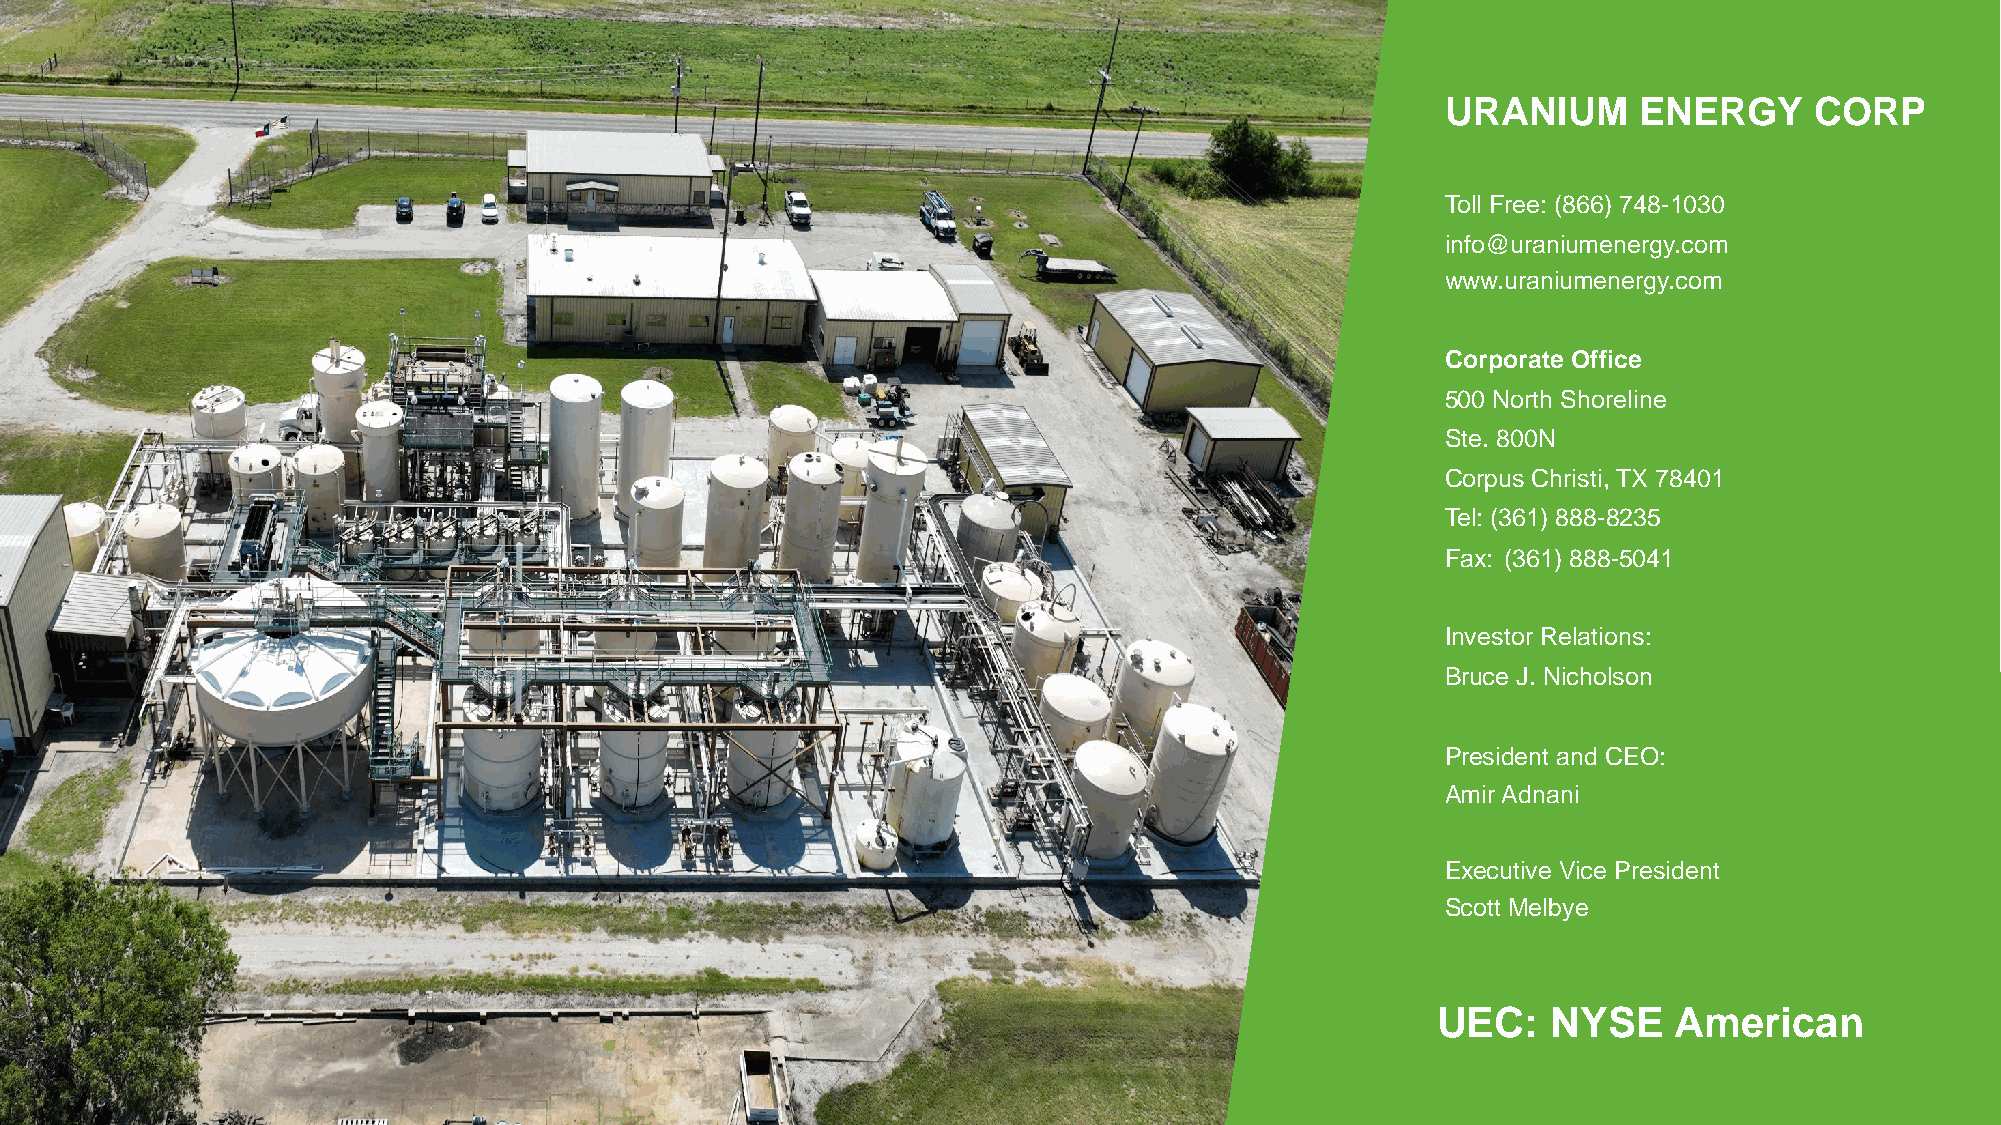
URANIUM     ENERGY      CORP
 Toll Free: (866) 748-1030
 info@uraniumenergy.com
 www.uraniumenergy.com
 Corporate Office
 500 North Shoreline
 Ste. 800N
 Corpus Christi, TX 78401
 Tel: (361) 888-8235
 Fax: (361) 888-5041
 Investor Relations:
 Bruce J. Nicholson
 President and CEO:
 Amir Adnani
 Executive Vice President
 Scott Melbye
 UEC:    NYSE    American
 URANIUM ENERGY CORP | NYSE AMERICAN: UEC | URANIUMENERGY.COM